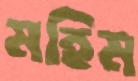
মহিম